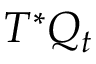
T ^ { * } Q _ { t }